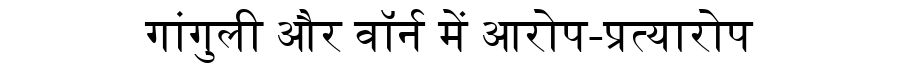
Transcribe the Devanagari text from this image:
गांगुली और वॉर्न में आरोप-प्रत्यारोप